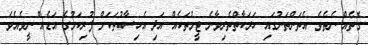
ގޮތެއް ނެތެވެ. އެތަންތަނުގައި ހަރަކާތްތެރިވާނެ ޓީމުތަކެއް އަދި އެހިސާބުތަކަށް ފުރިކަމުގެ އަޑެއް ނީވެއެވެ.